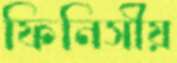
ফিনিসীয়